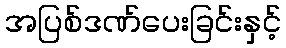
အပြစ်ဒဏ်ပေးခြင်းနှင့်